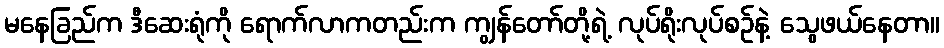
မနေခြည်က ဒီဆေးရုံကို ရောက်လာကတည်းက ကျွန်တော်တို့ရဲ့ လုပ်ရိုးလုပ်စဉ်နဲ့ သွေဖယ်နေတာ။